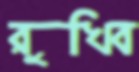
রুখিব